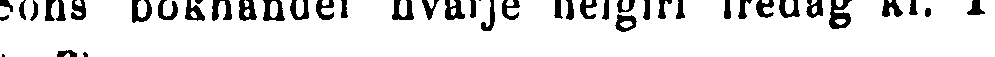
Sons bokhandel hvarje helgfri fredag kl. 1